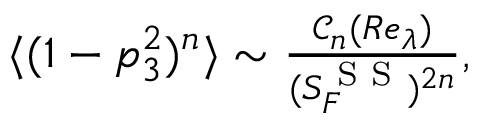
\begin{array} { r } { \langle ( 1 - p _ { 3 } ^ { 2 } ) ^ { n } \rangle \sim \frac { \mathcal { C } _ { n } ( R e _ { \lambda } ) } { ( S _ { F } ^ { \textrm { S S } } ) ^ { 2 n } } , } \end{array}